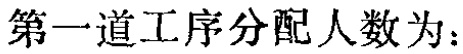
第一道工序分配人数为：